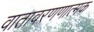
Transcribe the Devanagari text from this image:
वातावरणणात्मक